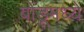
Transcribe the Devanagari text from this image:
बोंडूमध्ये